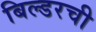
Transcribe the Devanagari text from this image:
बिल्डरची